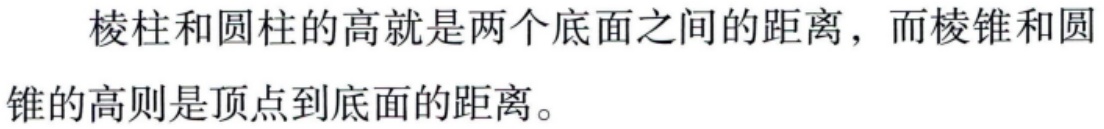
棱柱和圆柱的高就是两个底面之间的距离，而棱锥和圆锥的高则是顶点到底面的距离。